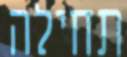
תחילה